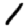
Digit: 1